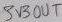
Text: 3V3OUT